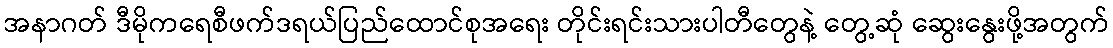
အနာဂတ် ဒီမိုကရေစီဖက်ဒရယ်ပြည်ထောင်စုအရေး တိုင်းရင်းသားပါတီတွေနဲ့ တွေ့ဆုံ ဆွေးနွေးဖို့အတွက်